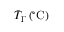
\bar { T } _ { \Gamma } \, ( ^ { \circ } \mathrm { C } )